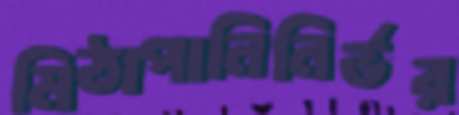
মিঠাপানিনির্ভর